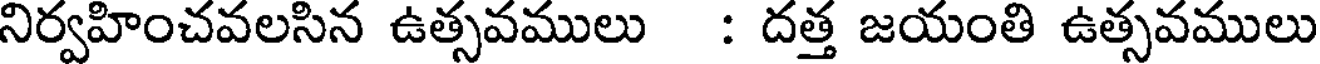
నిర్వహించవలసిన ఉత్సవములు : దత్త జయంతి ఉత్సవములు